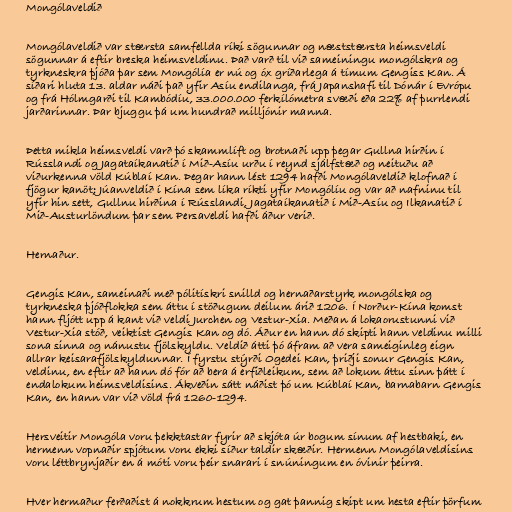
Mongólaveldið

Mongólaveldið var stærsta samfellda ríki sögunnar og næststærsta heimsveldi
sögunnar á eftir breska heimsveldinu. Það varð til við sameiningu mongólskra og
tyrkneskra þjóða þar sem Mongólía er nú og óx gríðarlega á tímum Gengiss Kan. Á
síðari hluta 13. aldar náði það yfir Asíu endilanga, frá Japanshafi til Dónár í Evrópu
og frá Hólmgarði til Kambódíu, 33.000.000 ferkílómetra svæði eða 22% af þurrlendi
jarðarinnar. Þar bjuggu þá um hundrað milljónir manna.

Þetta mikla heimsveldi varð þó skammlíft og brotnaði upp þegar Gullna hirðin í
Rússlandi og Jagataíkanatið í Mið-Asíu urðu í reynd sjálfstæð og neituðu að
viðurkenna völd Kúblaí Kan. Þegar hann lést 1294 hafði Mongólaveldið klofnað í
fjögur kanöt; Júanveldið í Kína sem líka ríkti yfir Mongólíu og var að nafninu til
yfir hin sett, Gullnu hirðina í Rússlandi, Jagataíkanatið í Mið-Asíu og Ilkanatið í
Mið-Austurlöndum þar sem Persaveldi hafði áður verið.

Hernaður.

Gengis Kan, sameinaði með pólitískri snilld og hernaðarstyrk mongólska og
tyrkneska þjóðflokka sem áttu í stöðugum deilum árið 1206. Í Norður-Kína komst
hann fljótt upp á kant við veldi Jurchen og Vestur-Xia. Meðan á lokaorustunni við
Vestur-Xia stóð, veiktist Gengis Kan og dó. Áður en hann dó skipti hann veldinu milli
sona sinna og nánustu fjölskyldu. Veldið átti þó áfram að vera sameiginleg eign
allrar keisarafjölskyldunnar. Í fyrstu stýrði Ogedei Kan, þriðji sonur Gengis Kan,
veldinu, en eftir að hann dó fór að bera á erfiðleikum, sem að lokum áttu sinn þátt í
endalokum heimsveldisins. Ákveðin sátt náðist þó um Kúblaí Kan, barnabarn Gengis
Kan, en hann var við völd frá 1260-1294.

Hersveitir Mongóla voru þekktastar fyrir að skjóta úr bogum sínum af hestbaki, en
hermenn vopnaðir spjótum voru ekki síður taldir skæðir. Hermenn Mongólaveldisins
voru léttbrynjaðir en á móti voru þeir snarari í snúningum en óvinir þeirra.

Hver hermaður ferðaðist á nokkrum hestum og gat þannig skipt um hesta eftir þörfum